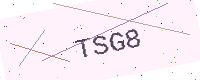
Text: TSG8